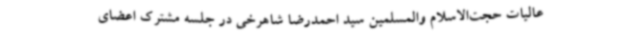
عالیات حجت‌الاسلام والمسلمین سید احمدرضا شاهرخی در جلسه مشترک اعضای